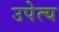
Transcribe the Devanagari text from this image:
उपेत्य